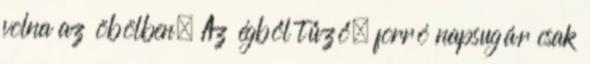
volna az öbölben. Az égből tűző, forró napsugár csak